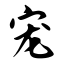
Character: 宠